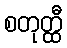
စတုတ္ထီ